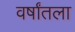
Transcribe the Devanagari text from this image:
वर्षांतला